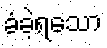
ခံခဲ့ရသော